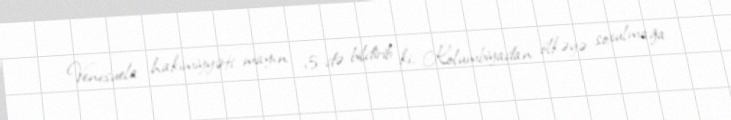
Venesuela hakimiyyəti mayın 3-də bildirib ki, Kolumbiyadan ölkəyə soxulmağa